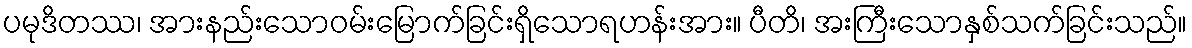
ပမုဒိတဿ၊ အားနည်းသောဝမ်းမြောက်ခြင်းရှိသောရဟန်းအား။ ပီတိ၊ အးကြီးသောနှစ်သက်ခြင်းသည်။